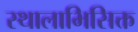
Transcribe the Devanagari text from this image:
स्थालाभिसिक्त